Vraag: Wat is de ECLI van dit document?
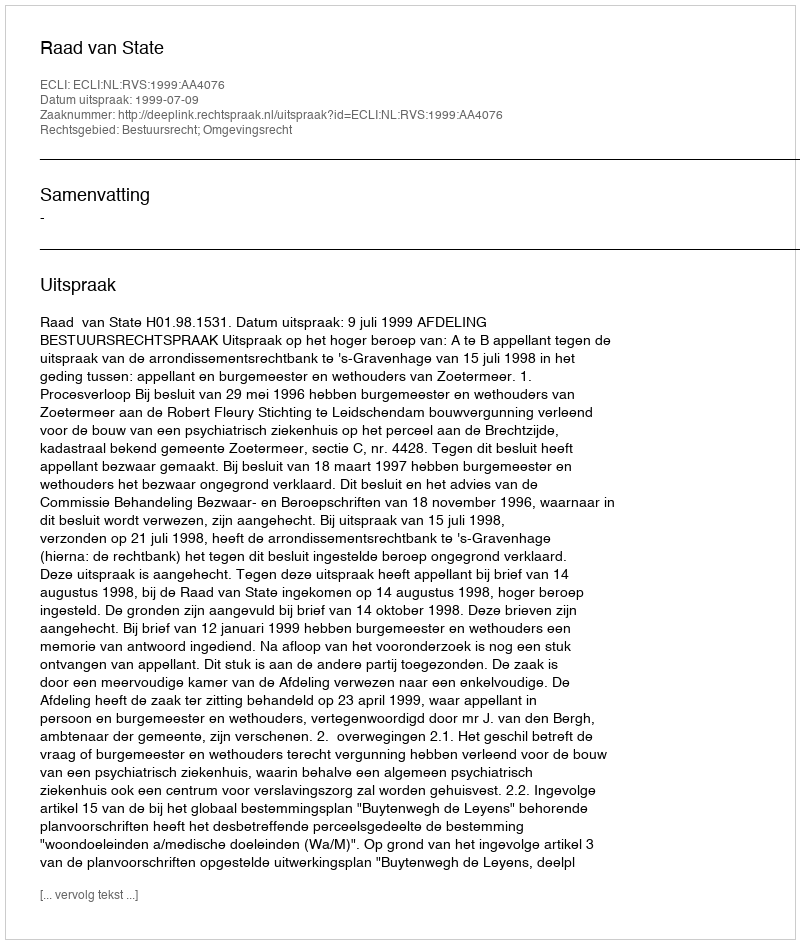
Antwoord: ECLI:NL:RVS:1999:AA4076